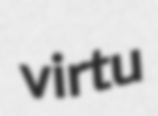
virtu